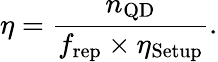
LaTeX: \eta=\frac{n_{\mathrm{QD}}}{f_{\mathrm{rep}}\times\eta_{\mathrm{Setup}}}.